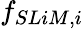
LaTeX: f_{SLiM,i}